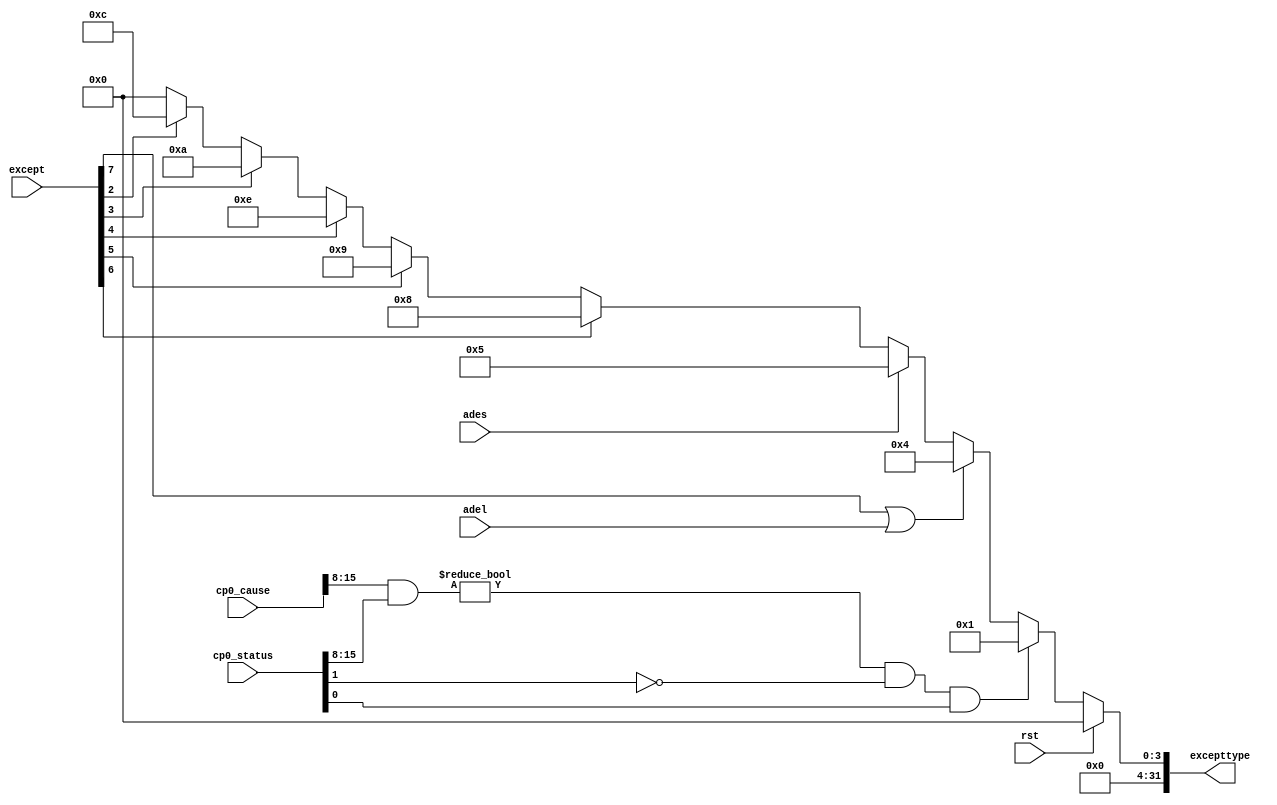
`timescale 1ns / 1ps
//////////////////////////////////////////////////////////////////////////////////
// Company: 
// Engineer: 
// 
// Design Name: 
// Module Name: sel_write
// Project Name: 
// Target Devices: 
// Tool Versions: 
// Description: 
// 
// Dependencies: 
// 
// Revision:
// Revision 0.01 - File Created
// Additional Comments:
// 
//////////////////////////////////////////////////////////////////////////////////

module exception(
	input wire rst,
	input wire[7:0] except,
	input wire adel,ades,
	input wire[31:0] cp0_status,cp0_cause,
	output reg[31:0] excepttype
    );

	always @(*) begin
		if(rst) begin
			/* code */
			excepttype <= 32'b0;
		end else begin 
			excepttype <= 32'b0;
			if(((cp0_cause[15:8] & cp0_status[15:8]) != 8'h00) &&
				 	(cp0_status[1] == 1'b0) && (cp0_status[0] == 1'b1)) begin
				/* code */
				excepttype <= 32'h00000001;
			end else if(except[7] == 1'b1 || adel) begin
				/* code */
				excepttype <= 32'h00000004;
			end else if(ades) begin
				/* code */
				excepttype <= 32'h00000005;
			end else if(except[6] == 1'b1) begin
				/* code */
				excepttype <= 32'h00000008;
			end else if(except[5] == 1'b1) begin
				/* code */
				excepttype <= 32'h00000009;
			end else if(except[4] == 1'b1) begin
				/* code */
				excepttype <= 32'h0000000e;
			end else if(except[3] == 1'b1) begin
				/* code */
				excepttype <= 32'h0000000a;
			end else if(except[2] == 1'b1) begin
				/* code */
				excepttype <= 32'h0000000c;
			end
		end
	
	end
	
endmodule